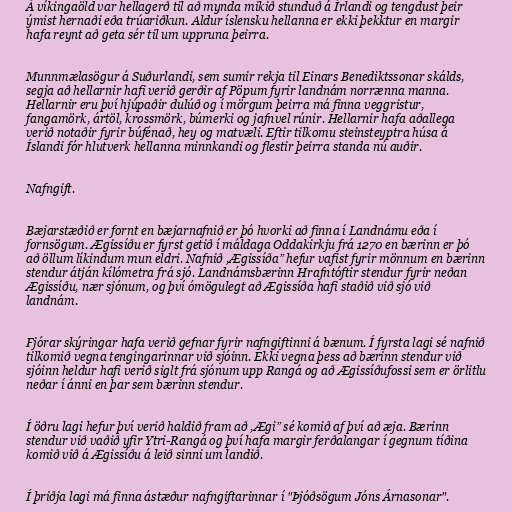
Á víkingaöld var hellagerð til að mynda mikið stunduð á Írlandi og tengdust þeir
ýmist hernaði eða trúariðkun. Aldur íslensku hellanna er ekki þekktur en margir
hafa reynt að geta sér til um uppruna þeirra.

Munnmælasögur á Suðurlandi, sem sumir rekja til Einars Benediktssonar skálds,
segja að hellarnir hafi verið gerðir af Pöpum fyrir landnám norrænna manna.
Hellarnir eru því hjúpaðir dulúð og í mörgum þeirra má finna veggristur,
fangamörk, ártöl, krossmörk, búmerki og jafnvel rúnir. Hellarnir hafa aðallega
verið notaðir fyrir búfénað, hey og matvæli. Eftir tilkomu steinsteyptra húsa á
Íslandi fór hlutverk hellanna minnkandi og flestir þeirra standa nú auðir.

Nafngift.

Bæjarstæðið er fornt en bæjarnafnið er þó hvorki að finna í Landnámu eða í
fornsögum. Ægissíðu er fyrst getið í máldaga Oddakirkju frá 1270 en bærinn er þó
að öllum líkindum mun eldri. Nafnið ,Ægissíða” hefur vafist fyrir mönnum en bærinn
stendur átján kílómetra frá sjó. Landnámsbærinn Hrafntóftir stendur fyrir neðan
Ægissíðu, nær sjónum, og því ómögulegt að Ægissíða hafi staðið við sjó við
landnám.

Fjórar skýringar hafa verið gefnar fyrir nafngiftinni á bænum. Í fyrsta lagi sé nafnið
tilkomið vegna tengingarinnar við sjóinn. Ekki vegna þess að bærinn stendur við
sjóinn heldur hafi verið siglt frá sjónum upp Rangá og að Ægissíðufossi sem er örlitlu
neðar í ánni en þar sem bærinn stendur.

Í öðru lagi hefur því verið haldið fram að ,Ægi” sé komið af því að æja. Bærinn
stendur við vaðið yfir Ytri-Rangá og því hafa margir ferðalangar í gegnum tíðina
komið við á Ægissíðu á leið sinni um landið.

Í þriðja lagi má finna ástæður nafngiftarinnar í "Þjóðsögum Jóns Árnasonar".